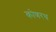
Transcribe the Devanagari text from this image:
कोणरथ